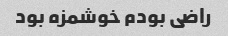
راضی بودم خوشمزه بود